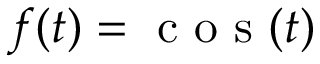
f ( t ) = \mathrm { ~ c ~ o ~ s ~ } ( t )